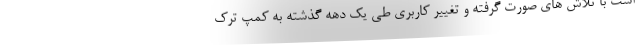
است با تلاش های صورت گرفته و تغییر کاربری طی یک دهه گذشته به کمپ ترک